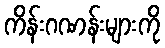
ကိန်းဂဏန်းများကို